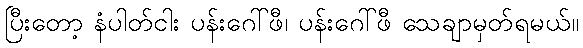
ပြီးတော့ နံပါတ်ငါး ပန်းဂေါ်ဖီ၊ ပန်းဂေါ်ဖီ သေချာမှတ်ရမယ်။